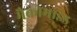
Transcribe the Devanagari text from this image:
मैक्रोमाइंड